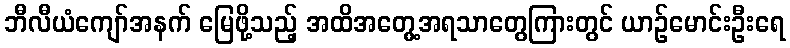
ဘီလီယံကျော်အနက် မြေဖို့သည့် အထိအတွေ့အရသာတွေကြားတွင် ယာဉ်မောင်းဦးရေ